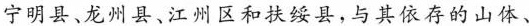
宁明县、龙州县、江州区和扶绥县，与其依存的山体、